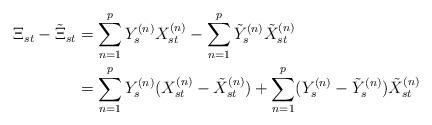
LaTeX: \begin{align*}\Xi_{st} - \tilde{\Xi}_{st} & = \sum_{n=1}^p Y_s^{(n)} X_{st}^{(n)} - \sum_{n=1}^p \tilde{Y}_s^{(n)}\tilde{X}_{st}^{(n)} \\& = \sum_{n=1}^p Y_s^{(n)} (X_{st}^{(n)} - \tilde{X}_{st}^{(n)}) + \sum_{n=1}^p (Y_s^{(n)} - \tilde{Y}_s^{(n)})\tilde{X}_{st}^{(n)} \end{align*}